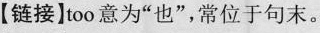
【链接】too 意为"也",常位于句末。